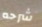
شرحه